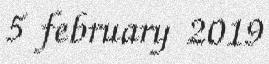
5 february 2019